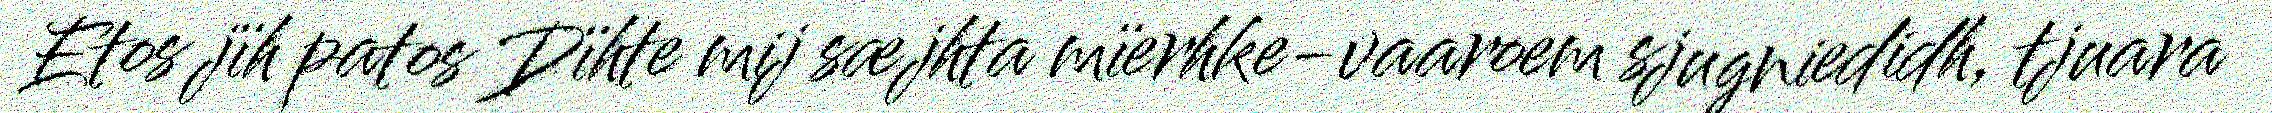
Etos jïh patos Dïhte mij sæjhta mïerhke-vaaroem sjugniedidh, tjuara